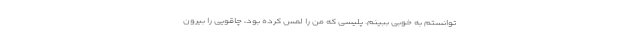
توانستم به خوبی ببینم. پلیسی که من را لمس کرده بود، چاقویی را بیرون